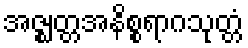
အဇ္ဈတ္တအနိစ္စရာဂသုတ္တံ